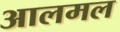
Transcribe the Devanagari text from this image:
आलमल